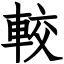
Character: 較